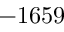
- 1 6 5 9